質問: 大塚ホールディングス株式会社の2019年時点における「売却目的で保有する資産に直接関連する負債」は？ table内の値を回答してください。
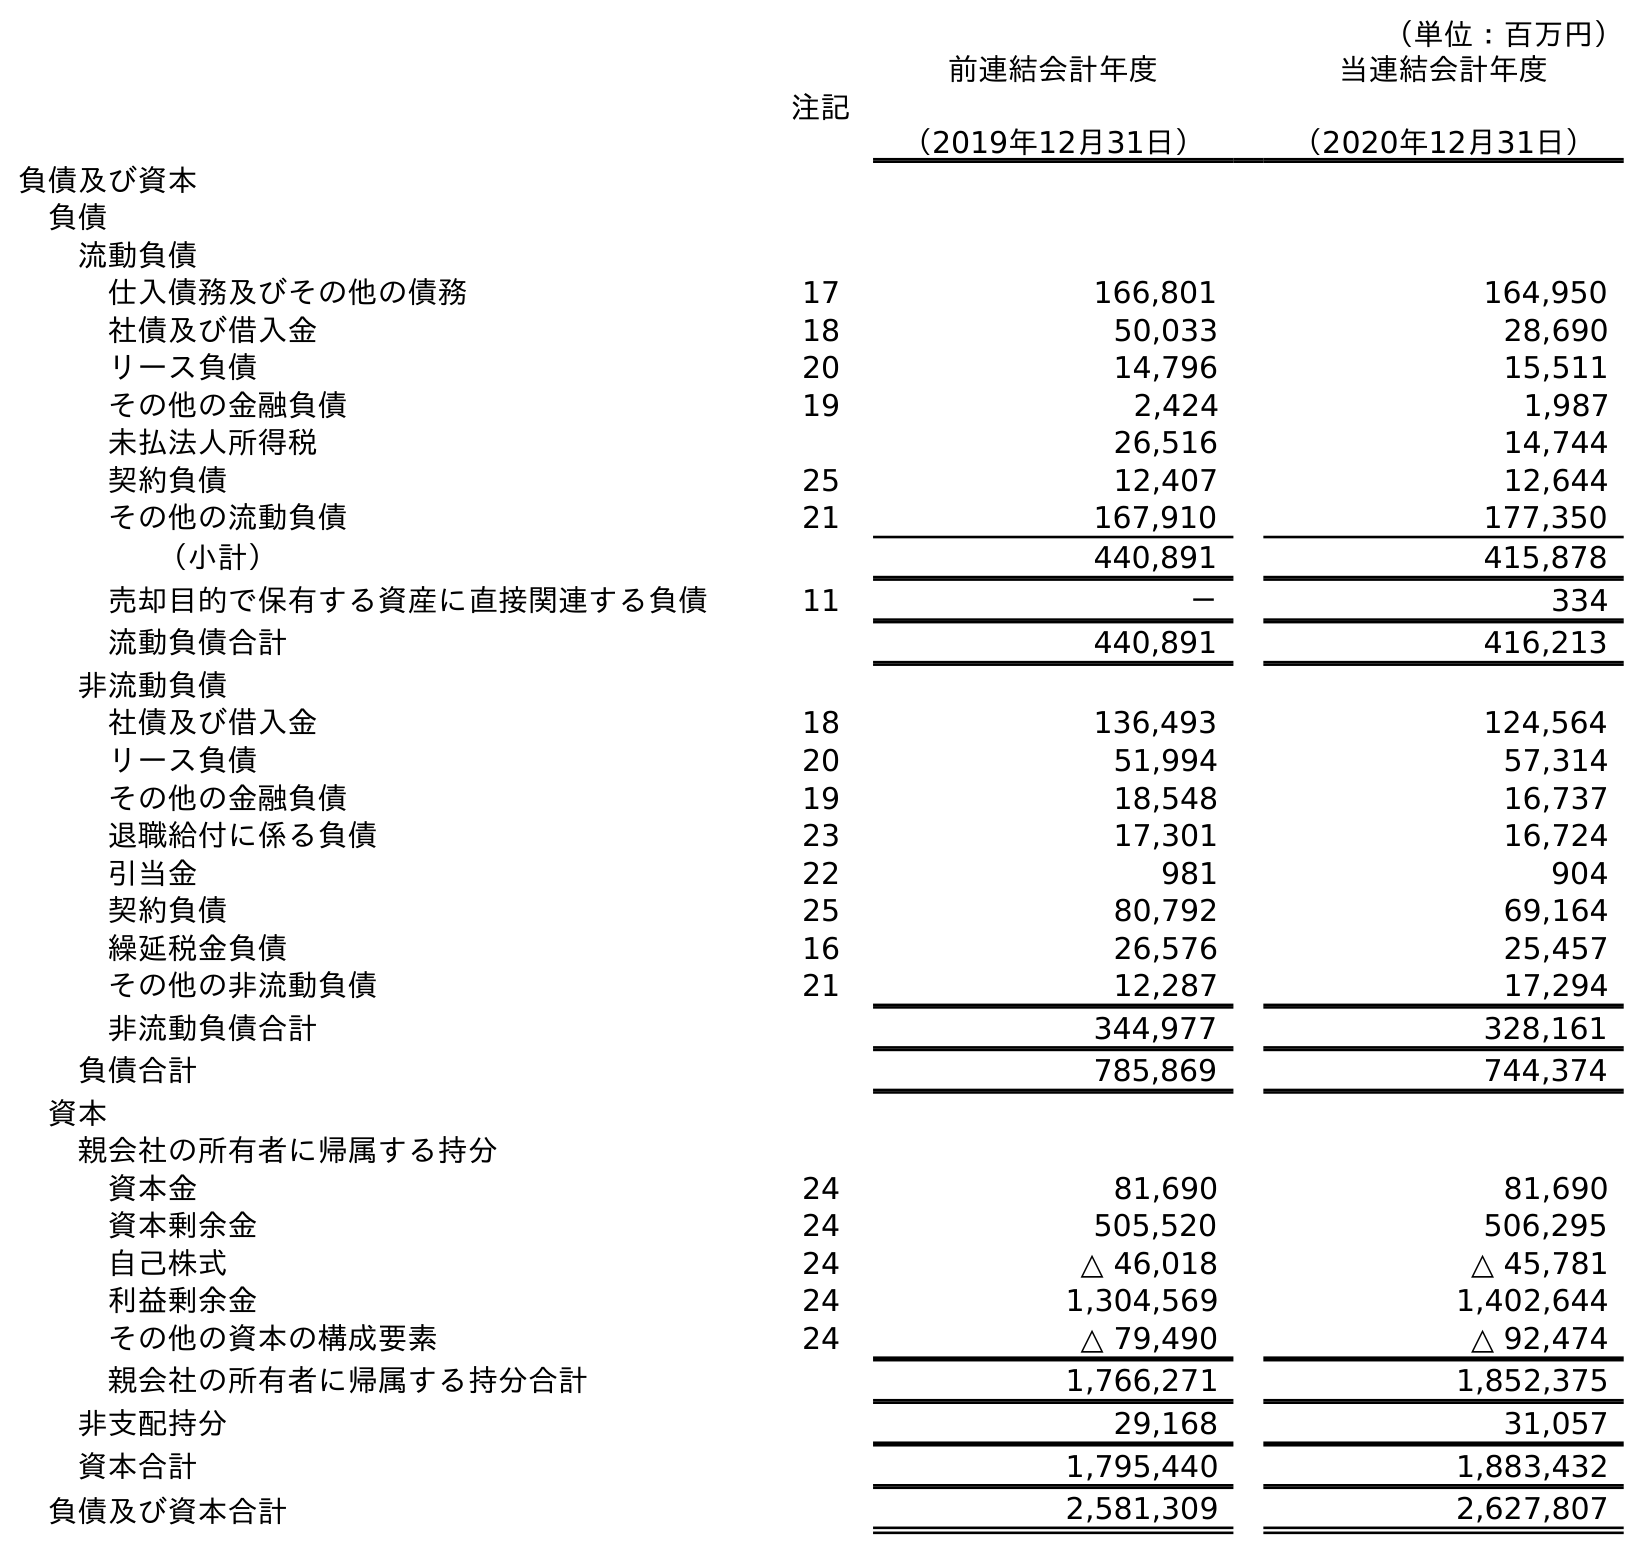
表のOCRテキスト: （単位：百万円） 注記 前連結会計年度 （2019年12月31日） 当連結会計年度 （2020年12月31日） 負債及び資本 負債 流動負債 仕入債務及びその他の債務 17 166,801 164,950 社債及び借入金 18 50,033 28,690 リース負債 20 14,796 15,511 その他の金融負債 19 2,424 1,987 未払法人所得税 26,516 14,744 契約負債 25 12,407 12,644 その他の流動負債 21 167,910 177,350 （小計） 440,891 415,878 売却目的で保有する資産に直接関連する負債 11 － 334 流動負債合計 440,891 416,213 非流動負債 社債及び借入金 18 136,493 124,564 リース負債 20 51,994 57,314 その他の金融負債 19 18,548 16,737 退職給付に係る負債 23 17,301 16,724 引当金 22 981 904 契約負債 25 80,792 69,164 繰延税金負債 16 26,576 25,457 その他の非流動負債 21 12,287 17,294 非流動負債合計 344,977 328,161 負債合計 785,869 744,374 資本 親会社の所有者に帰属する持分 資本金 24 81,690 81,690 資本剰余金 24 505,520 506,295 自己株式 24 △ 46,018 △ 45,781 利益剰余金 24 1,304,569 1,402,644 その他の資本の構成要素 24 △ 79,490 △ 92,474 親会社の所有者に帰属する持分合計 1,766,271 1,852,375 非支配持分 29,168 31,057 資本合計 1,795,440 1,883,432 負債及び資本合計 2,581,309 2,627,807
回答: －